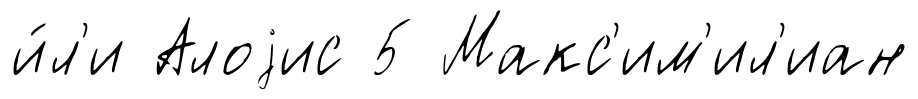
и́л'и Алоjис 5 Макс'им'ил'иан